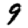
Digit: 9